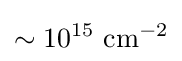
\sim 10^{15}{\text{ cm}}^{-2}